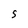
Character: 5